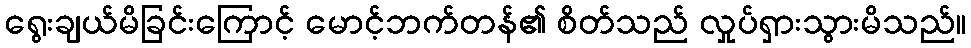
ရွေးချယ်မိခြင်းကြောင့် မောင့်ဘက်တန်၏ စိတ်သည် လှုပ်ရှားသွားမိသည်။